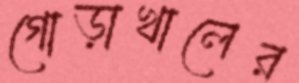
গোড়াখালের